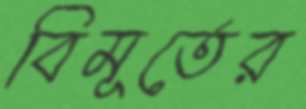
বিমূর্তের